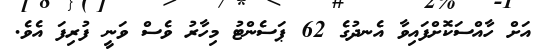
އަށް ހާއްސަކޮށްފައިވާ އެނދުގެ 62 ޕަސެންޓު މިހާރު ވެސް ވަނީ ފުރިފަ އެވެ.